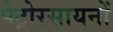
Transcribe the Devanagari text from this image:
पेट्रोरसायनों